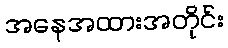
အနေအထားအတိုင်း